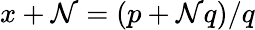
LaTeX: x+\mathcal{N}=(p+\mathcal{N}q)/q